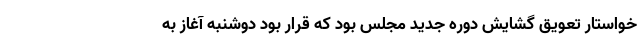
خواستار تعویق گشایش دوره جدید مجلس بود که قرار بود دوشنبه آغاز به